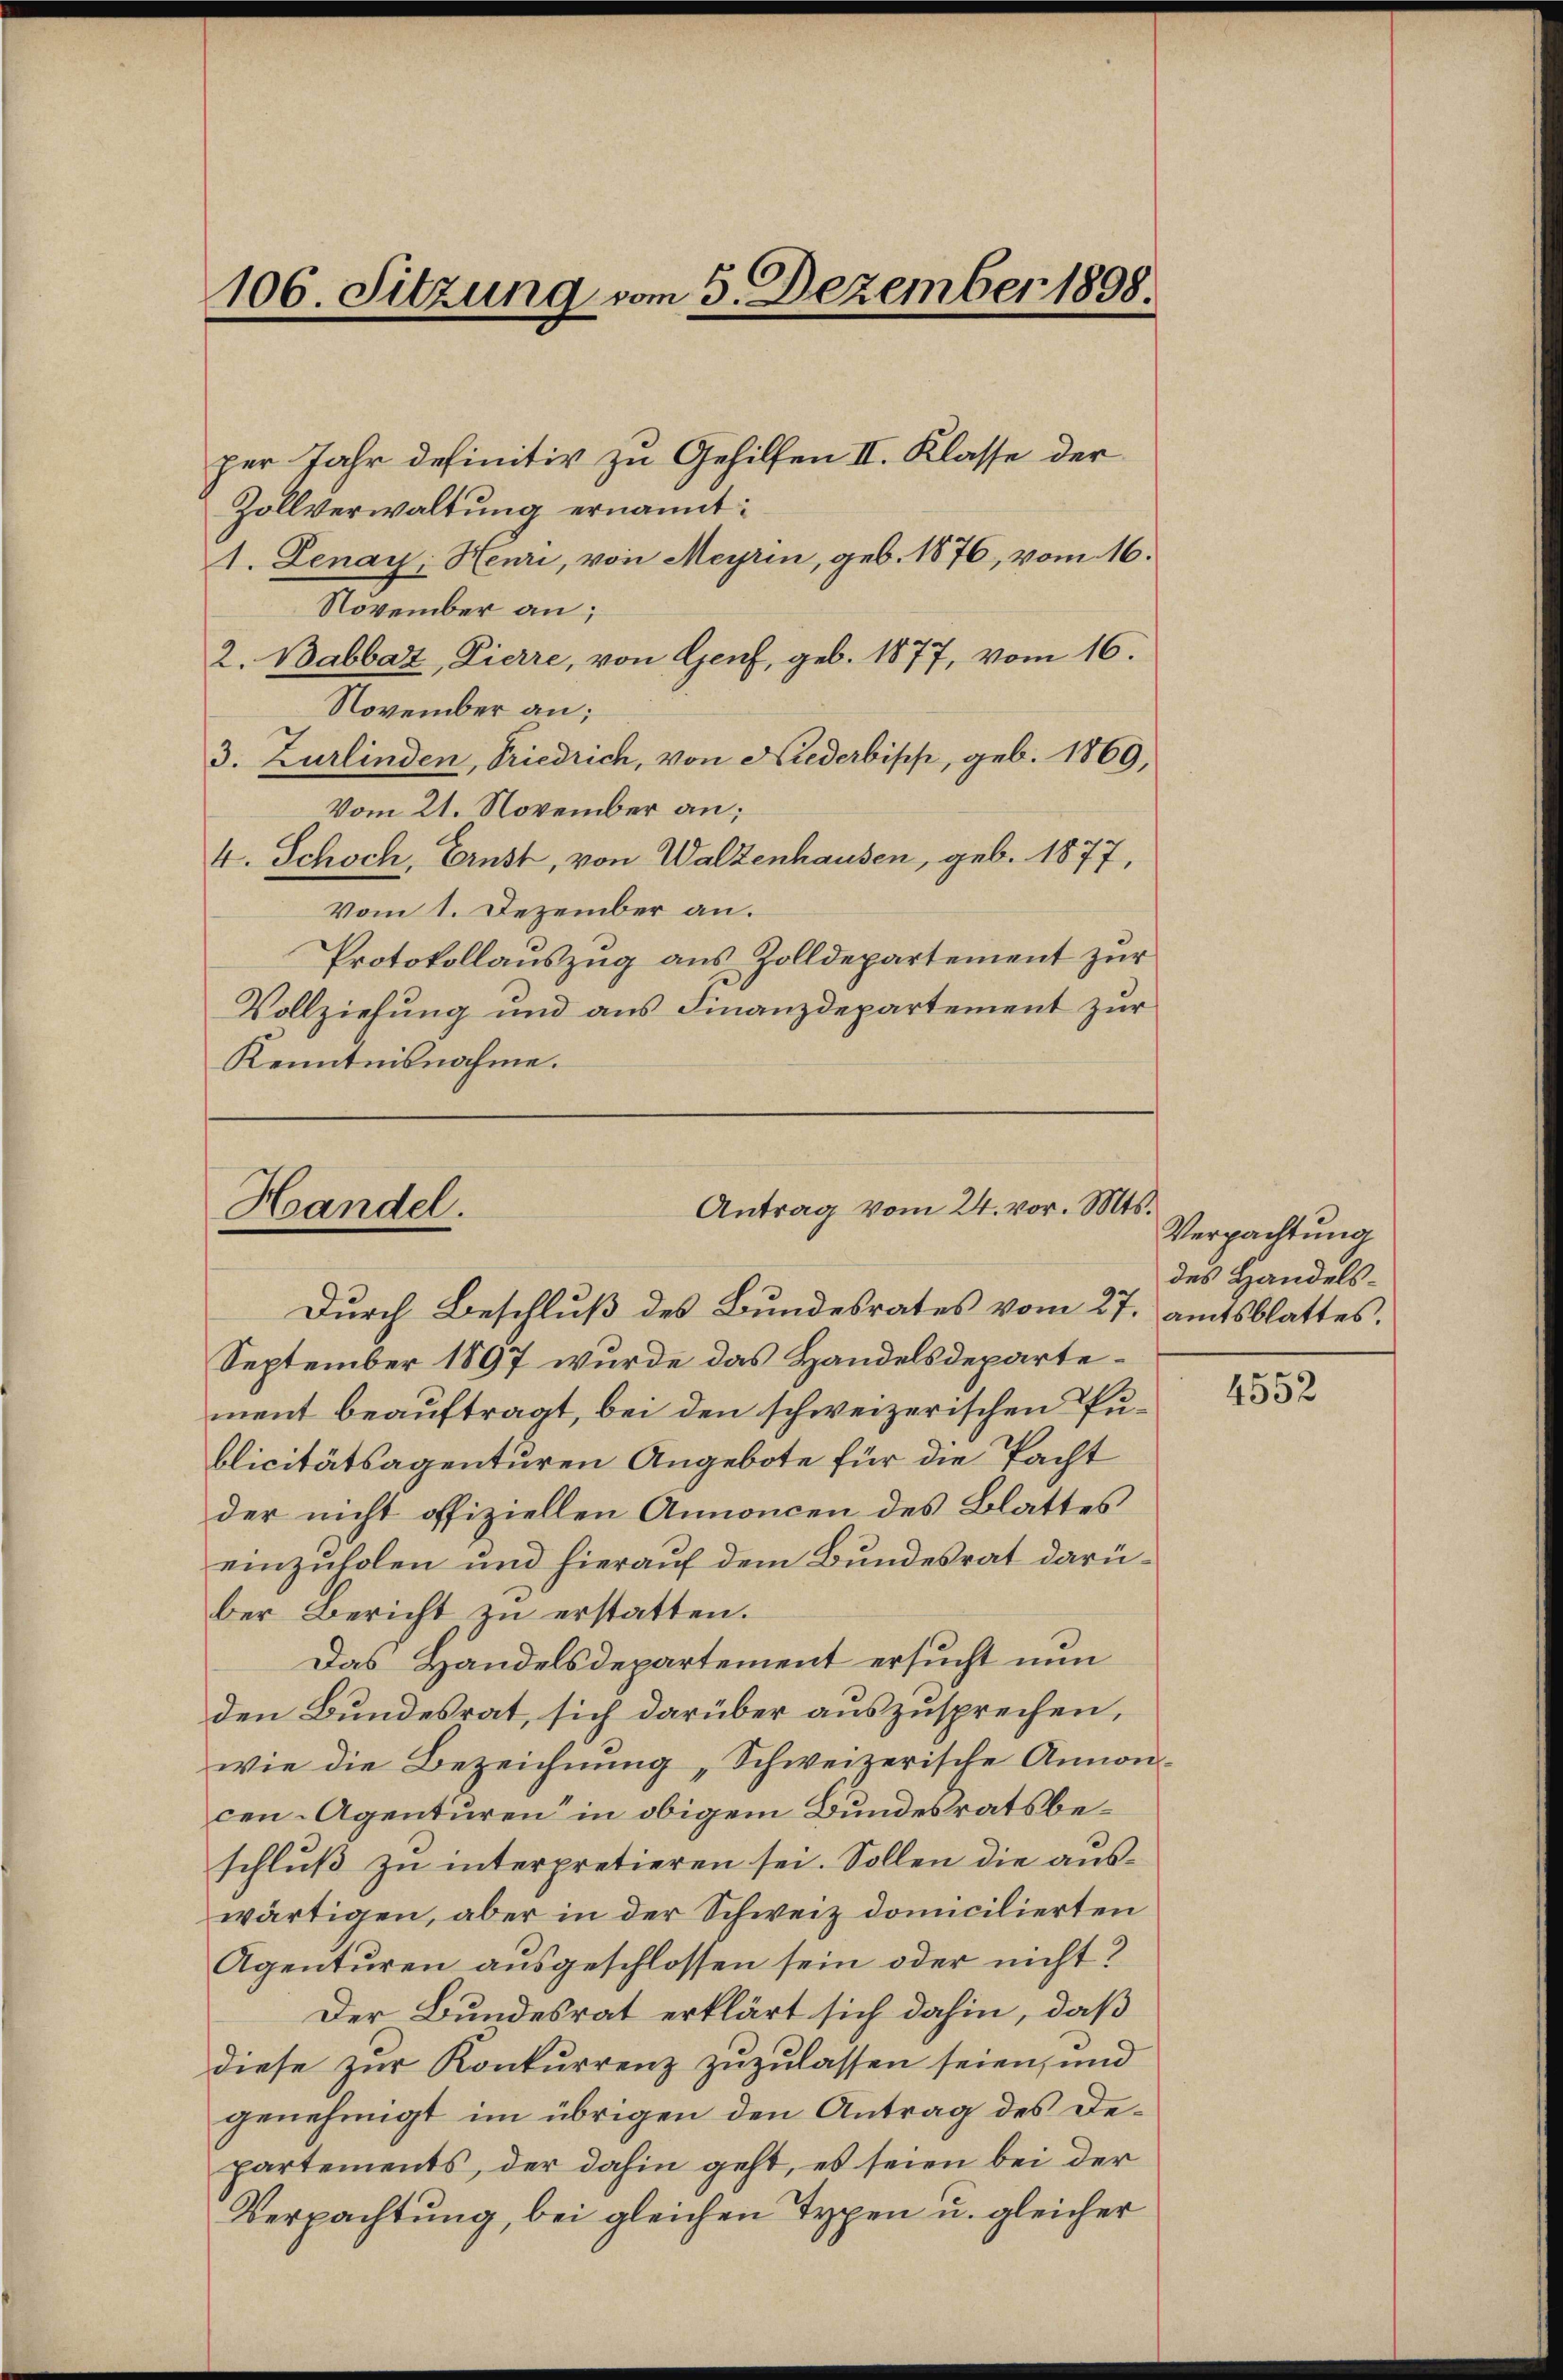
per Jahr definitiv zu Gehilfen II. Klasse der
Zollverwaltung ernannt:
1. Lenay, Heuri, von Meyrin, geb. 1876, vom 16.
November an;
2. Babbaz, Zierre, von Genf, geb. 1877, vom 16.
November an:
3. Zurlinden, Friedrich, von Niederbisch, geb. 1869,
Vom 21. November an;
4. Schoch, Ernst, von Walzenhausen, geb. 1877,
Vom 1. Dezember an.
Protokollauszug aus Zolldepartement zur
Vollziehung und aus Finanzdepartement zur
Kenntnisnahme.

106. Sitzung vom 5. Dezember 1898

Antrag vom 24. vor. Mts.
Handel.

Dŭrch Beschlŭβ des Bŭndesrates vom 27. Amtsblattes,
September 1897 wurde das Handelsdepartement beauftragt, bei den schweizerischen Publicitätsagenturen Angebote für die Pacht
der nicht offiziellen Annoncen des Blattes
einzuholen und hierauf dem Bundesrat darüber Bericht zu erstatten.
Das Handelsdepartement ersucht nun
den Bundesrat, sich darüber auszusprechen,
wie die Bezeichnŭng „Schweizerische Annon-
cen-Agenturen in obigem Bundesratsbeschluß zu interpretieren sei. Sollen die auswärtigen, aber in der Schweiz domicilierten
Agenturen ausgeschlossen sein oder nicht?
Der Bundesrat erklärt sich dahin, daß
diese zur Konkurrenz zuzulassen seien, und
genehmigt im übrigen den Antrag des Departements, der dahin geht, es seien bei der
Verpachtung, bei gleichen Typen u. gleicher

Verpachtung
des Handels¬

4552